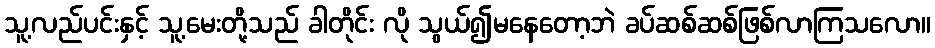
သူ့လည်ပင်းနှင့် သူ့မေးတို့သည် ခါတိုင်း လို သွယ်၍မနေတော့ဘဲ ခပ်ဆစ်ဆစ်ဖြစ်လာကြသလော။